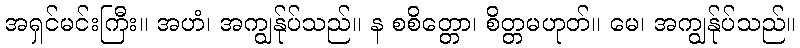
အရှင်မင်းကြီး။ အဟံ၊ အကျွန်ုပ်သည်။ န စစိတ္တော၊ စိတ္တမဟုတ်။ မေ၊ အကျွန်ုပ်သည်။